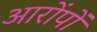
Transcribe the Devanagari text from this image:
आरोंपों